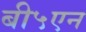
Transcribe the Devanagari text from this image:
बी५एन